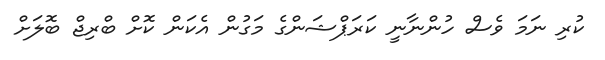
ކުރި ނަމަ ވެސް ހުންނާނީ ކަރަޕްޝަންގެ މަގުން އެކަން ކޮށް ބްރިޖް ބޮލަށް